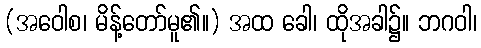
(အဝေါစ၊ မိန့်တော်မူ၏။) အထ ခေါ၊ ထိုအခါ၌။ ဘဂဝါ၊